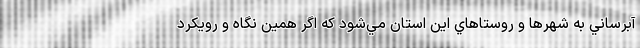
آبرساني به شهرها و روستاهاي اين استان مي‌شود كه اگر همين نگاه و رويكرد